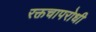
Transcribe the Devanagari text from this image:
रक्तचापरोधी